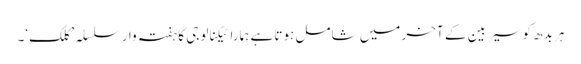
ہر بدھ کو سیربین کے آخر میں شامل ہوتا ہے ہمارا ٹیکنالوجی کا ہفتہ وار سلسلہ ’کلک‘۔